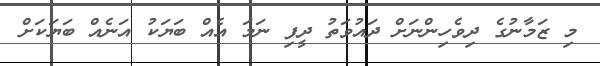
މި ޒަމާނުގެ ދިވެހިންނަށް ދައުވަތު ދީފި ނަމަ އެއް ބަޔަކު އަނެއް ބަޔަކަށް